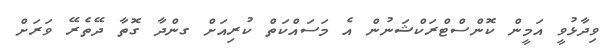
ވިދާޅުވީ އަމީން ކޮންސްޓްރަކްޝަނުން އެ މަސައްކަތް ކުރިއަށް ގންދާ ގޮތާ ދޭތެރޭ ވަރަށް